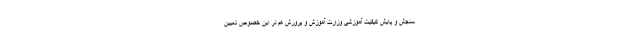
سنجش و پایش کیفیت آموزشی وزارت آموزش و پرورش هم در این خصوص تعیین